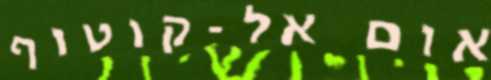
אום אל-קוטוף